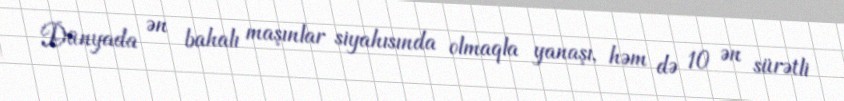
Dünyada ən bahalı maşınlar siyahısında olmaqla yanaşı, həm də 10 ən sürətli